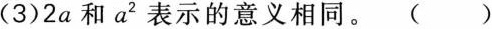
(3)2a和a^{2 }表示的意义相同。( )